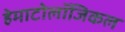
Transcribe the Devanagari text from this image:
हेमाटोलॉजिकल